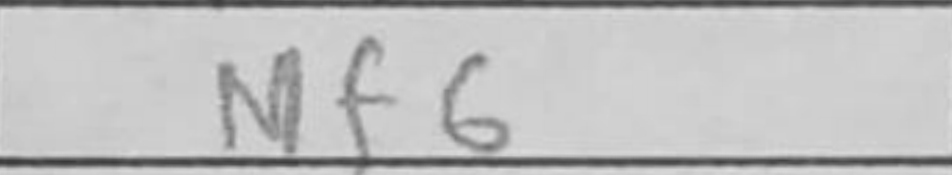
Transcription: Nf6